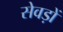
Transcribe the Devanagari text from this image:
सेवड़ों